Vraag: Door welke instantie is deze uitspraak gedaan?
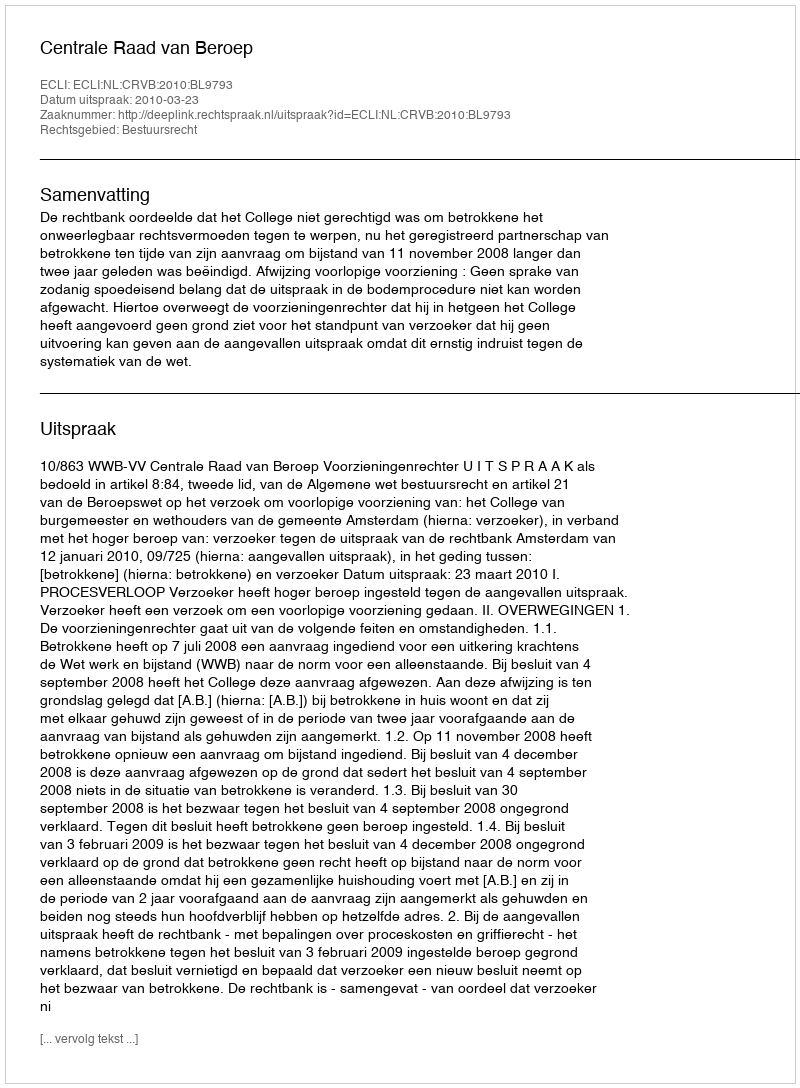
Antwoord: Centrale Raad van Beroep